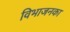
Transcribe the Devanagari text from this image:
विभाजनका